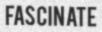
FASCINATE